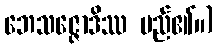
ဘေသဇ္ဇောဒိဿ မည်၏။)